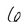
Character: 6